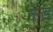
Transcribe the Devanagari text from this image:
नन्ड